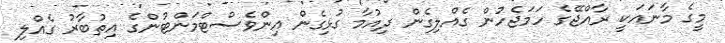
މީގެ މާނައަކީ ރާއްޖޭގެ ހަމަޖެހުން ގެއްލިގެން ދިއުމާ ގުޅިގެން އިންވެސްޓްމަންޓުންގެ އިތުބާރު ގެއްލި